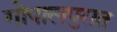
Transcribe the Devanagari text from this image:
गोपालपुरात